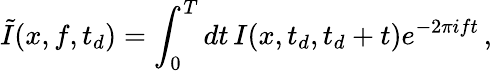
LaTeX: \tilde{I}(x,f,t_{d})=\int_{0}^{T}dt\, I(x,t_{d},t_{d}+t)e^{-2\pi ift}\, ,